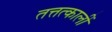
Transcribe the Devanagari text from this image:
तत्तत्कालीं